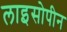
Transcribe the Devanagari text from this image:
लाइसोपीन